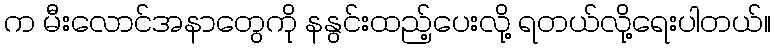
က မီးလောင်အနာတွေကို နနွင်းထည့်ပေးလို့ ရတယ်လို့ရေးပါတယ်။